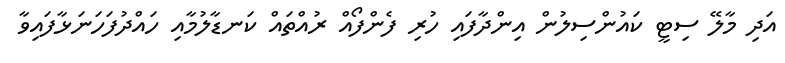
އަދި މާލޭ ސިޓީ ކައުންސިލުން އިންދާފައި ހުރި ފެންފޯއް ރުއްތައް ކަނޑާލުމާއި ހައްދުފަހަނަޅާފައިވާ